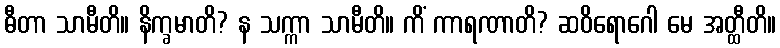
ဓီတာ သာမီတိ။ နိက္ခမာတိ? န သက္ကာ သာမီတိ။ ကိံ ကာရဏာတိ? ဆဝိရောဂေါ မေ အတ္ထီတိ။